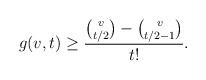
LaTeX: \begin{align*}g(v, t) \geq \frac{\binom{v}{t/2} - \binom{v}{t/2-1}}{t!}.\end{align*}